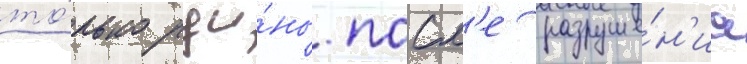
то́лько руи́ны. посл'е разруше́н'иа